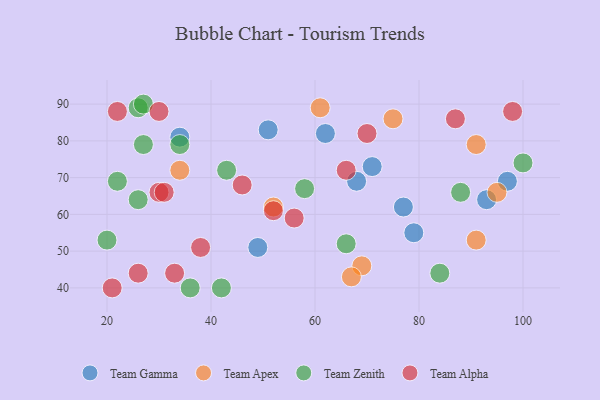
{"axis": {"x": "GDP", "y": "Life Expectancy"}, "legend": ["Team Alpha", "Team Apex", "Team Gamma", "Team Zenith"], "data": [{"x": "34", "y": 81, "type": "Team Gamma"}, {"x": "79", "y": 55, "type": "Team Gamma"}, {"x": "62", "y": 82, "type": "Team Gamma"}, {"x": "49", "y": 51, "type": "Team Gamma"}, {"x": "93", "y": 64, "type": "Team Gamma"}, {"x": "77", "y": 62, "type": "Team Gamma"}, {"x": "51", "y": 83, "type": "Team Gamma"}, {"x": "71", "y": 73, "type": "Team Gamma"}, {"x": "68", "y": 69, "type": "Team Gamma"}, {"x": "97", "y": 69, "type": "Team Gamma"}, {"x": "61", "y": 89, "type": "Team Apex"}, {"x": "75", "y": 86, "type": "Team Apex"}, {"x": "52", "y": 62, "type": "Team Apex"}, {"x": "91", "y": 79, "type": "Team Apex"}, {"x": "34", "y": 72, "type": "Team Apex"}, {"x": "95", "y": 66, "type": "Team Apex"}, {"x": "69", "y": 46, "type": "Team Apex"}, {"x": "67", "y": 43, "type": "Team Apex"}, {"x": "91", "y": 53, "type": "Team Apex"}, {"x": "58", "y": 67, "type": "Team Zenith"}, {"x": "42", "y": 40, "type": "Team Zenith"}, {"x": "66", "y": 52, "type": "Team Zenith"}, {"x": "84", "y": 44, "type": "Team Zenith"}, {"x": "22", "y": 69, "type": "Team Zenith"}, {"x": "36", "y": 40, "type": "Team Zenith"}, {"x": "20", "y": 53, "type": "Team Zenith"}, {"x": "26", "y": 64, "type": "Team Zenith"}, {"x": "26", "y": 89, "type": "Team Zenith"}, {"x": "88", "y": 66, "type": "Team Zenith"}, {"x": "100", "y": 74, "type": "Team Zenith"}, {"x": "27", "y": 79, "type": "Team Zenith"}, {"x": "27", "y": 90, "type": "Team Zenith"}, {"x": "43", "y": 72, "type": "Team Zenith"}, {"x": "34", "y": 79, "type": "Team Zenith"}, {"x": "66", "y": 72, "type": "Team Alpha"}, {"x": "87", "y": 86, "type": "Team Alpha"}, {"x": "30", "y": 88, "type": "Team Alpha"}, {"x": "46", "y": 68, "type": "Team Alpha"}, {"x": "56", "y": 59, "type": "Team Alpha"}, {"x": "21", "y": 40, "type": "Team Alpha"}, {"x": "30", "y": 66, "type": "Team Alpha"}, {"x": "38", "y": 51, "type": "Team Alpha"}, {"x": "26", "y": 44, "type": "Team Alpha"}, {"x": "98", "y": 88, "type": "Team Alpha"}, {"x": "52", "y": 61, "type": "Team Alpha"}, {"x": "33", "y": 44, "type": "Team Alpha"}, {"x": "70", "y": 82, "type": "Team Alpha"}, {"x": "22", "y": 88, "type": "Team Alpha"}, {"x": "31", "y": 66, "type": "Team Alpha"}]}